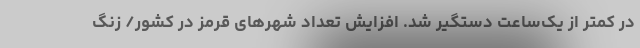
در کمتر از یک‌ساعت دستگیر شد. افزایش تعداد شهرهای قرمز در کشور/ زنگ